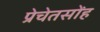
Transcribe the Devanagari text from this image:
प्रेचेतसोंह